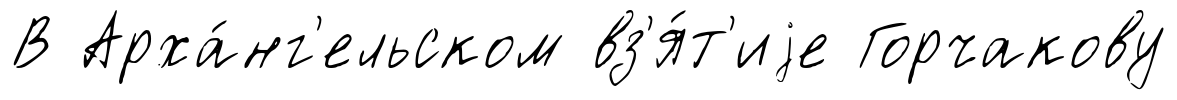
В Арха́нг'ельском вз'я́т'иjе Горчакову